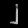
Digit: ၂